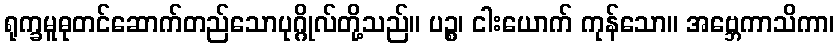
ရုက္ခမူဓုတင်ဆောက်တည်သောပုဂ္ဂိုလ်တို့သည်။ ပဉ္စ၊ ငါးယောက် ကုန်သော။ အဗ္ဘေကာသိကာ၊